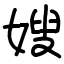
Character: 嫂